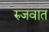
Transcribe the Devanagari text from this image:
रुजवात